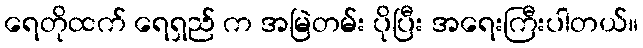
ရေတိုထက် ရေရှည် က အမြဲတမ်း ပိုပြီး အရေးကြီးပါတယ်။